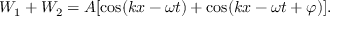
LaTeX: W _ { 1 } + W _ { 2 } = A [ \cos ( k x - \omega t ) + \cos ( k x - \omega t + \varphi ) ] .